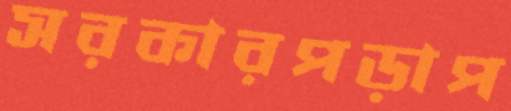
সরকারপড়াপ